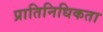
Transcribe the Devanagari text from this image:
प्रातिनिधिकता